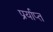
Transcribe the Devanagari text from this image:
प्रर्याप्‍त